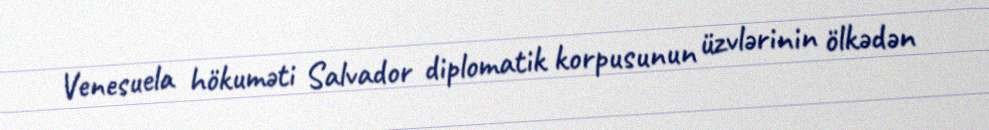
Venesuela hökuməti Salvador diplomatik korpusunun üzvlərinin ölkədən